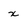
Character: x